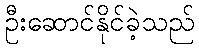
ဦးဆောင်နိုင်ခဲ့သည်